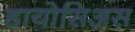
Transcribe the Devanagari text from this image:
डायोसिअस